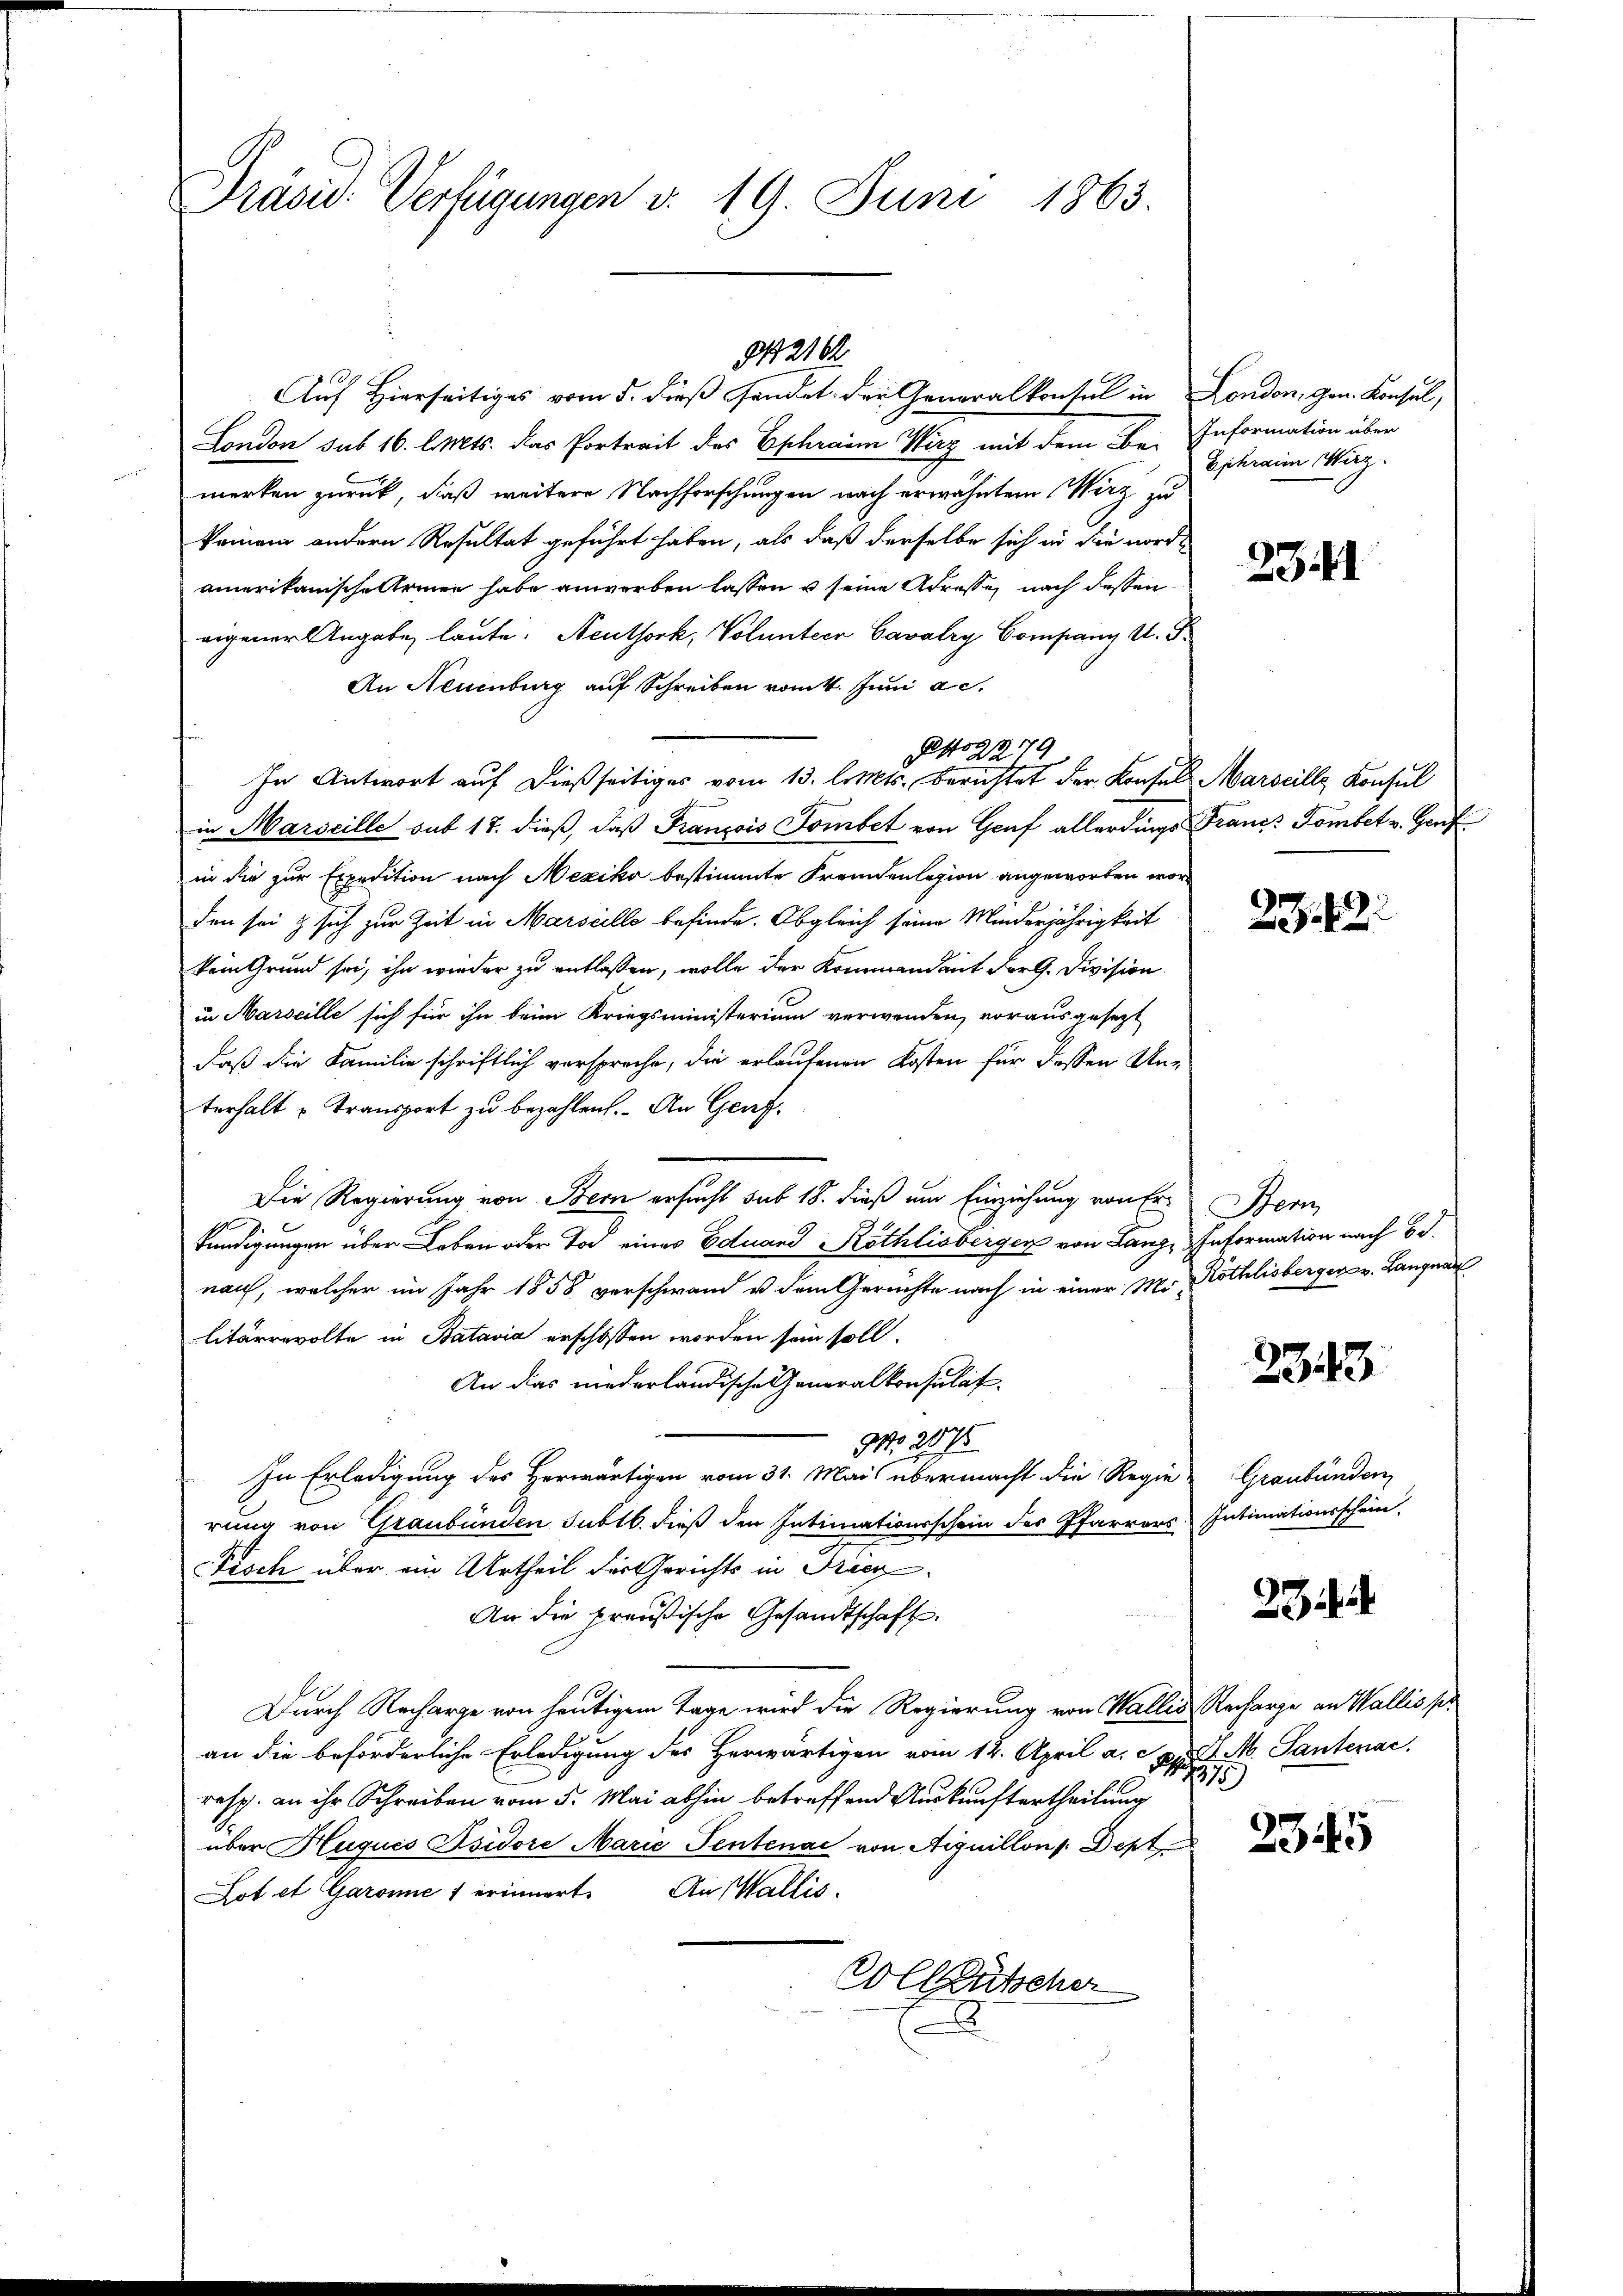
Präsid. Verfügungen v. 19. Juni 1863.

2102

Auf Hierseitiges vom 5. dieß sendet der Generalkonsul in London, gen. Konsul,
London sub 16. d. Mts. das Portreit des Ephraim Wirz mit dem Be- Information über
merken zurück, daß weitere Nachforschungen nach erwähntem Wirz zu
keinem andern Resultat geführt haben, als daß derselbe sich in die nordamerikanische Armen habe anwerben lassen u seine Adresse nach dessen
eigener Angabe laute. Neuthork, Volunter Cavalry Company U. G
An Neuenburg auf Schreiben vom 4. Juni a.c.
Netto 2279
In Antwort auf dießseitiges vom 13. littts. berichtet der Konsul Marseille Konsul
in Marseille sub 18. dieß, daß Franzois Sombet von Genf allerdings Francs Tombet v. Genf
in die zur Expedition nach Mexiko bestimmte Fremdenlegion angeworben worden sei & sich zur Zeit in Marseille befinde. Obgleich seine Minderjährigkeit
kein Grund sei, ihn wieder zu entlassen, wolle der Kommandant der G. Division
in Marseille sich für ihn beim Kriegsministerium verwenden, vorausgesezt
daß die Familie schriftlich verspreche, die erlaufenen Kosten für dessen Unterhalt u Transport zu bezahlen. An Genf¬
Die Regierung von Bern ersucht sub 18. dieß um Einziehung von Er- Bern,
kündigungen über Leben oder Tod eines Eduard Röthlisberger von Lanze Information nach Bd.
nach, welcher im Jahr 1858 verschwand u. dem Gerüchte nach in einer Mr Röthlisberger v. Langnau
litärrevolte in Batavia erschossen worden sein soll.
An das niederländische Generalkonsulat
NNo. 2075
In Erledigung des Herwärtigen vom 31. Mai übermacht die Regie-
rung von Graubünden subtb. dieß den Intimationsschein des Pfarrers. Intimationsschein.
Fisch über ein Urtheil der Gerichts in Freck
An die preußische Gesandtschaft.
Durch Recharge von heutigem Tage wird die Regierung von Wallis, Recharge an Wallis pr
an die beförderliche Erledigung des Herwärtigen vom 12. April a. pr. d. M. Santenac
resp. an ihr Schreiben vom 5. Mai abhin betreffend Auskunftertheilung
über Hugués Jsidore Marie Sentenai von Aiguillons Dept
Lot et Garonne 1 erinnert. An Wallis.
Vollzuscher

Ephrain Wirz

23.41

27.12.

2343

Graubünden

2

17

235